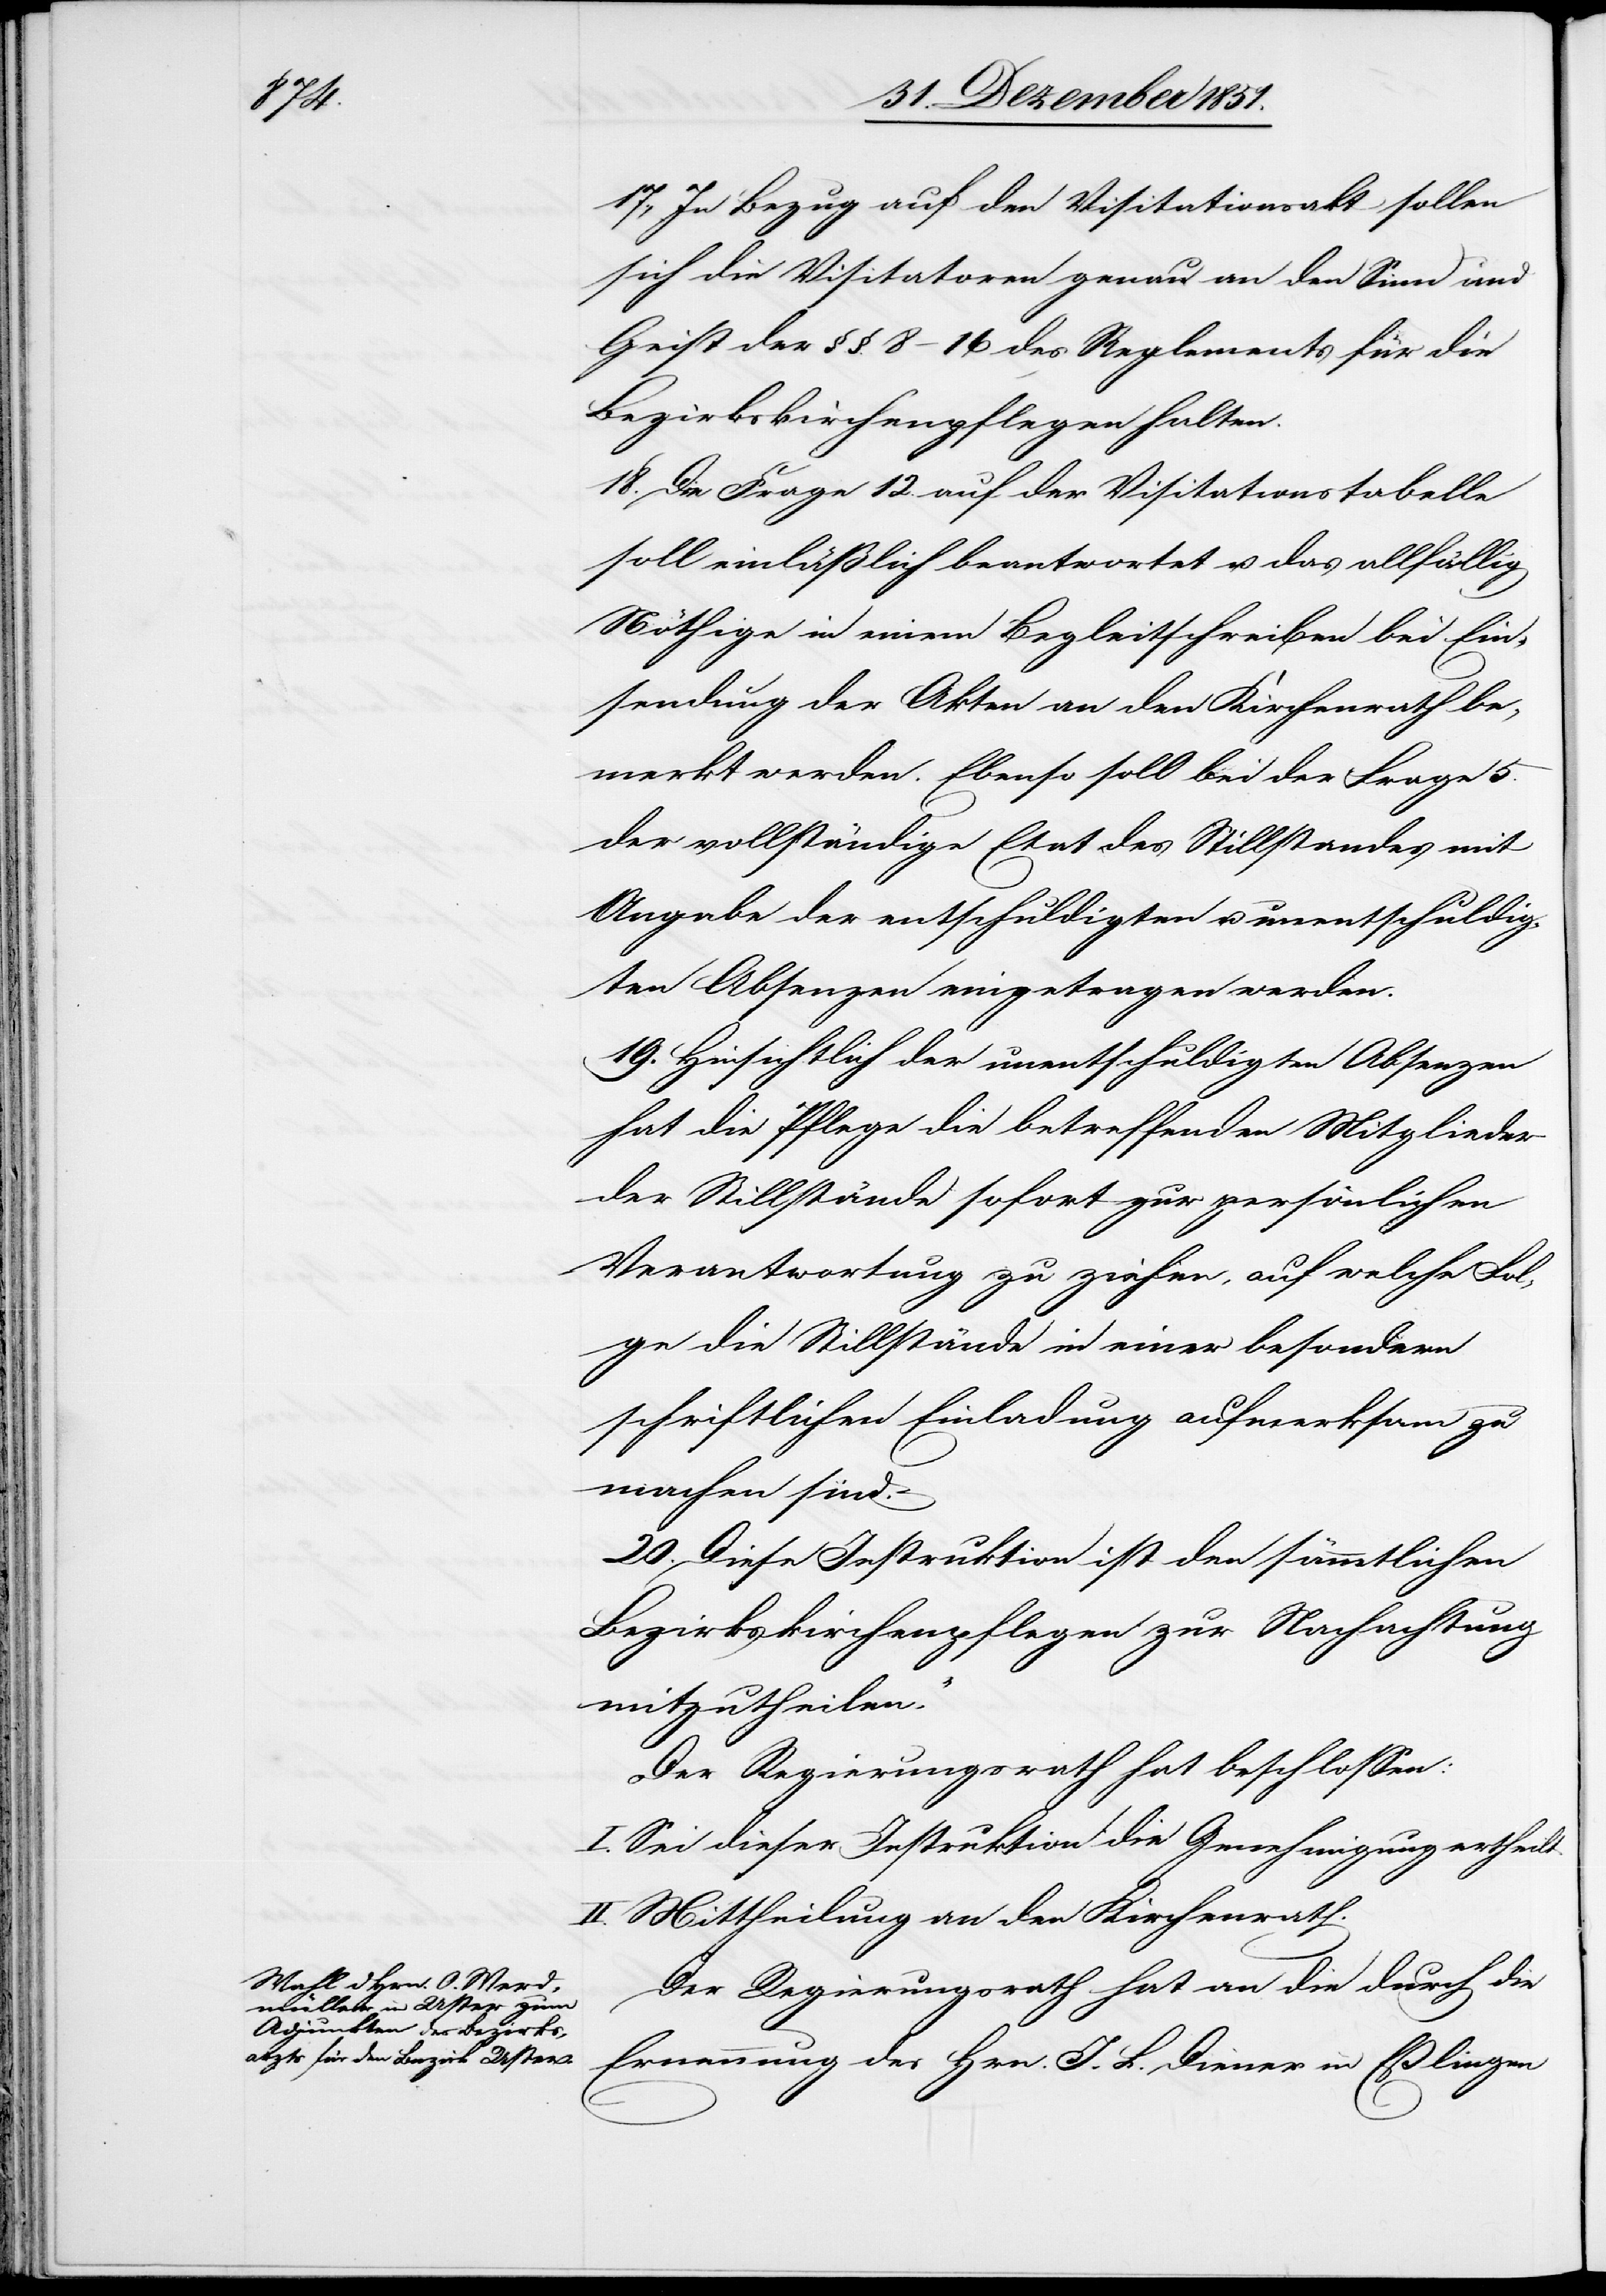
17., In Bezug auf den Visitationsakt sollen
sich die Visitatoren genau an den Sinn und
Geist der §.§. 8–16 des Reglements für die
Bezirkskirchenpflegen halten.
18. Die Frage 12. auf der Visitationstabelle
soll einläßlich beantwortet u. das allfällig
Nöthige in einem Begleitschreiben bei Ein¬
sendung der Akten an den Kirchenrath be¬
merkt werden. Ebenso soll bei der Frage 5.
der vollständige Etat des Stillstandes mit
Angabe der entschuldigten u. unentschuldig¬
ten Absenzen eingetragen werden.
19. Hinsichtlich der unentschuldigten Absenzen
hat die Pflege die betreffenden Mitglieder
der Stillstände sofort zur persönlichen
Verantwortung zu ziehen, auf welche Fol¬
ge die Stillstände in einer besondern
schriftlichen Einladung aufmerksam zu
machen sind.
20. Diese Instruktion ist den sämmtlichen
Bezirkskirchenpflegen zur Nachachtung
mitzutheilen.“
Der Regierungsrath hat beschlossen:
I. Sei dieser Instruktion die Genehmigung ertheilt.
II. Mittheilung an den Kirchenrath.
Der Regierungsrath hat an die durch die
Ernennung des Hrn. J. L. Diener in Eßlingen